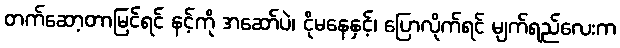
တက်ဆော့တာမြင်ရင် နင့်ကို အဆော်ပဲ၊ ငိုမနေနှင့်၊ ပြောလိုက်ရင် မျက်ရည်လေးက